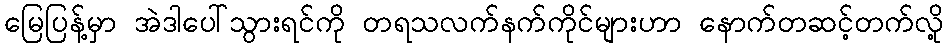
မြေပြန့်မှာ အဲဒါပေါ်သွားရင်ကို တရသလက်နက်ကိုင်များဟာ နောက်တဆင့်တက်လို့